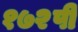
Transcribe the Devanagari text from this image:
१७२पी